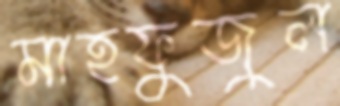
মাহফুজুল